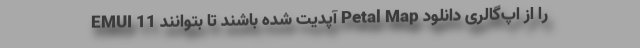
EMUI 11 آپدیت شده باشند تا بتوانند Petal Map را از اپ‌گالری دانلود